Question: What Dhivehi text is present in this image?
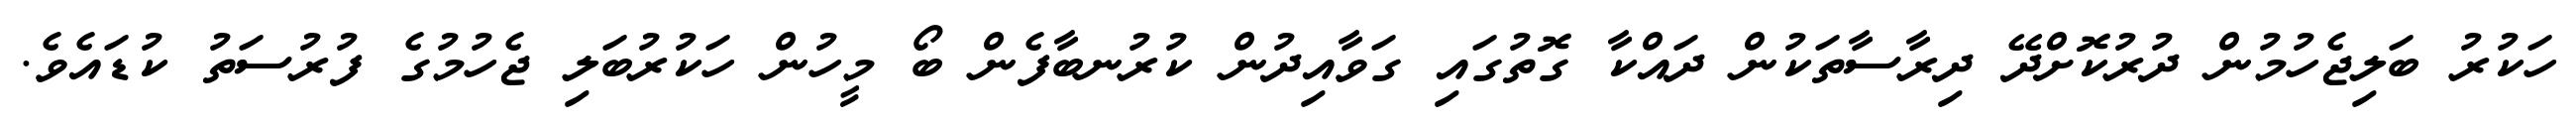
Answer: ހަކުރު ބަލިޖެހުމުން ދުރުކޮށްދޭ ދިރާސާތަކުން ދައްކާ ގޮތުގައި ގަވާއިދުން ކުރުނބާފެން ބޯ މީހުން ހަކުރުބަލި ޖެހުމުގެ ފުރުސަތު ކުޑައެވެ.